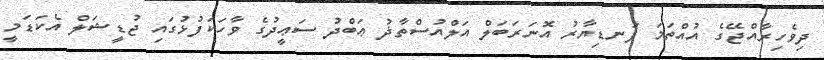
ދިވެހިރާއްޖޭގެ އުއްތަމަ ފަނޑިޔާރު އޮނަރަބަލް އަލްއުސްތާޛު ޢަބްދު ސަޢީދުގެ ވާހަކަފުޅުގައި ޖުޑީޝަލް އެކަޑަމީ